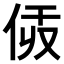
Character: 𠈯